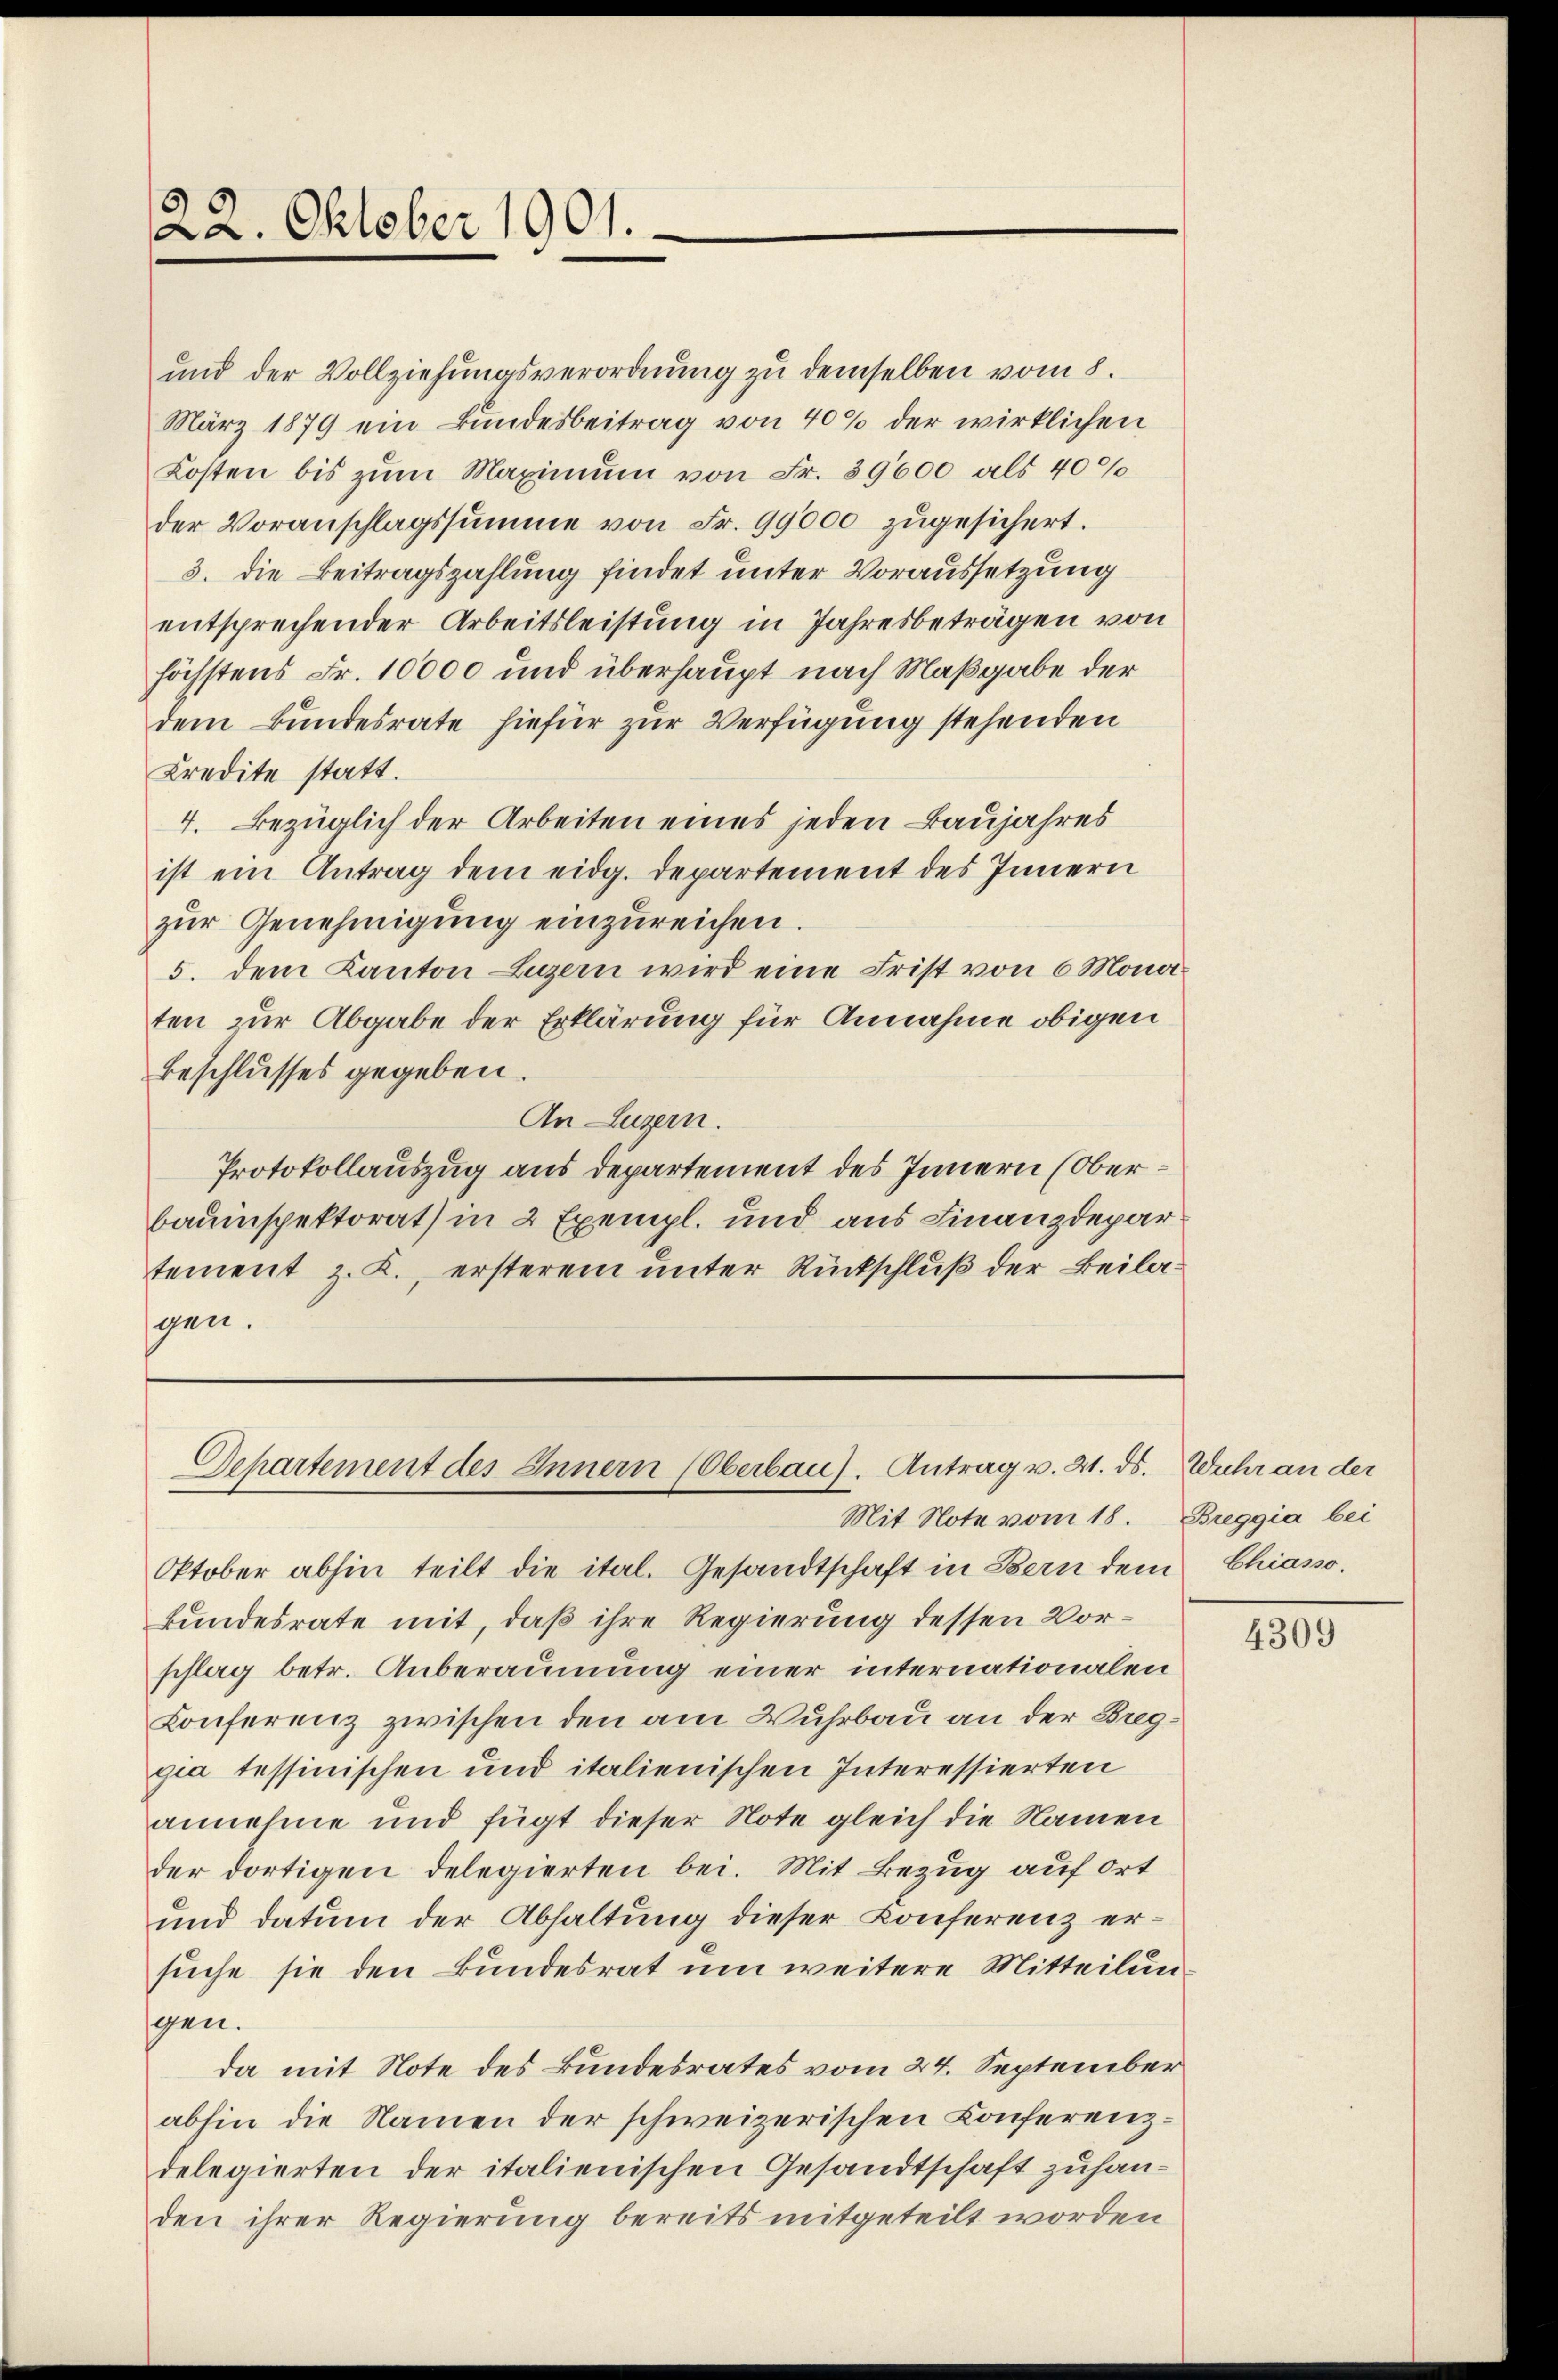
22. Oktober 1901.

ŭnd der Vollziehŭngsverordnŭng zŭ demselben vom 8.
März 1879 ein Bundesbeitrag von 40% der wirklichen
Kosten bis zŭm Maximŭm von Fr. 39600 als 400
der Voranschlagssumme von Fr. 99000 zŭgesichert.
3. die Beitragszahlung findet unter Voraussetzung
entsprechender Arbeitsleistung in Jahresbeträgen von
höchstens Fr. 10000 und überhaupt nach Maßgabe der
dem Bundesrate hiefür zur Verfügung stehenden
Kredite statt.
4. Bezüglich der Arbeiten eines jeden Baujahres
ist ein Antrag dem eidg. Departement des Innern
zur Genehmigung einzureichen.
5. dem Kanton Luzern wird eine Frist von 6 Monaten zur Abgabe der Erklärung für Annahme obigen
Beschlusses gegeben.
An Luzern.
Protokollauszug aus departement des Innern (Oberbauinspektorat) in 2 Exempl. und aus Finanzdepartement z. K., ersterem unter Rückschluß der Beilagen.

Oktober abhin teilt die ital. Gesandtschaft in Bern dem Chiasso.
kundesrate mit, daß ihre Regierung dessen Vorschlag betr. Anberaumung einer internationalen
Konferenz zwischen den am Wuhrbau an der Breggia tessinischen und italienischen Interessierten
annehme und fügt dieser Note gleich die Namen
der dortigen delegierten bei. Mit Bezug auf Ort
und datum der Abhaltung dieser Conferenz ersuche sie den Bundesrat um weitere Mitteilungen.
da mit Note des Bundesrates vom 24. September
abhin die Namen der schweizerischen Konferenzdelegierten der italienischen Gesandtschaft zuhanden ihrer Regierung bereits mitgeteilt worden

Departement des Innern (Oberbau). Antrag v. 21. ds. Wuhr an der
Mit Note vom 18.

Breggia bei

4309